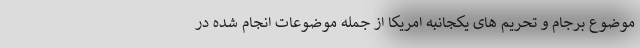
موضوع برجام و تحریم های یکجانبه امریکا از جمله موضوعات انجام شده در